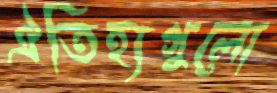
ঐতিহ্যগুলো